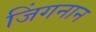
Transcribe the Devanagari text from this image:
जिंगनान